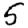
Digit: 5